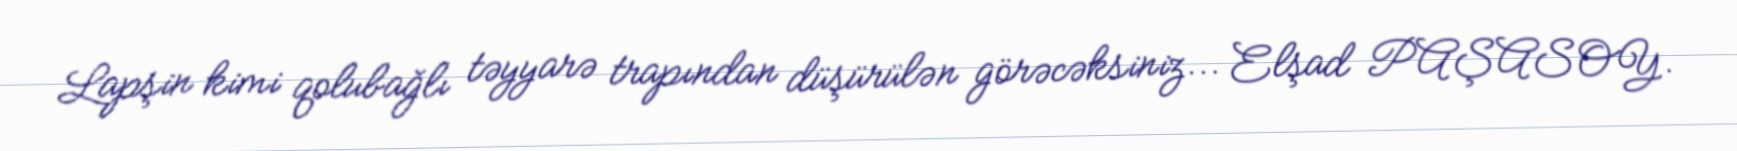
Lapşin kimi qolubağlı təyyarə trapından düşürülən görəcəksiniz... Elşad PAŞASOY.